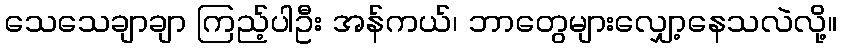
သေသေချာချာ ကြည့်ပါဦး အန်ကယ်၊ ဘာတွေများလျှော့နေသလဲလို့။